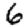
Digit: 6